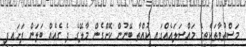
މަސްތުވާތަކެތީގެ މައްސަލައެއްގައި ކުއްތާ ބޭނުން ކޮށްގެން މާލޭގެ ދެ ގެއެއް ބަލަން ފަށައިފި